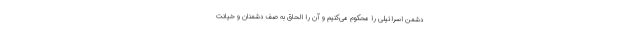
دشمن اسرائیلی را محکوم می‌کنیم و آن را الحاق به صف دشمنان و خیانت